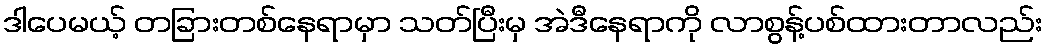
ဒါပေမယ့် တခြားတစ်နေရာမှာ သတ်ပြီးမှ အဲဒီနေရာကို လာစွန့်ပစ်ထားတာလည်း